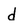
Character: d